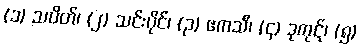
(၁) သပိတ်၊ (၂) သင်းပိုင်၊ (၃) ဧကသီ၊ (၄) ဒုကုဋ်၊ (၅)